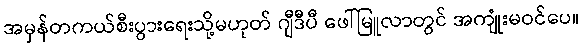
အမှန်တကယ်စီးပွားရေးသို့မဟုတ် ဂျီဒီပီ ဖေါ်မြူလာတွင် အကျုံးမဝင်ပေ။